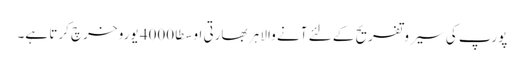
پورپ کی سیر وتفریح کے لئے آنے والا ہر بھارتی اوسطا 4000 یورو خرچ کرتا ہے۔